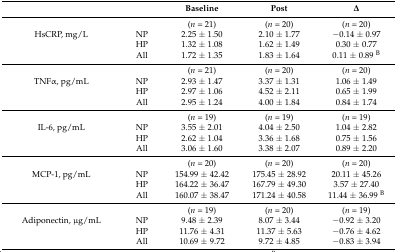
<table><thead><tr><td></td><td></td><td><b>Baseline</b></td><td><b>Post</b></td><td><b>∆</b></td></tr></thead><tbody><tr><td></td><td></td><td>(<i>n</i> = 21)</td><td>(<i>n</i> = 20)</td><td>(<i>n</i> = 20)</td></tr><tr><td>HsCRP, mg/L</td><td>NP</td><td>2.25 ± 1.50</td><td>2.10 ± 1.77</td><td>−0.14 ± 0.97</td></tr><tr><td></td><td>HP</td><td>1.32 ± 1.08</td><td>1.62 ± 1.49</td><td>0.30 ± 0.77</td></tr><tr><td></td><td>All</td><td>1.72 ± 1.35</td><td>1.83 ± 1.64</td><td>0.11 ± 0.89 <sup>B</sup></td></tr><tr><td></td><td></td><td>(<i>n</i> = 21)</td><td>(<i>n</i> = 20)</td><td>(<i>n</i> = 20)</td></tr><tr><td>TNFα, pg/mL</td><td>NP</td><td>2.93 ± 1.47</td><td>3.37 ± 1.31</td><td>1.06 ± 1.49</td></tr><tr><td></td><td>HP</td><td>2.97 ± 1.06</td><td>4.52 ± 2.11</td><td>0.65 ± 1.99</td></tr><tr><td></td><td>All</td><td>2.95 ± 1.24</td><td>4.00 ± 1.84</td><td>0.84 ± 1.74</td></tr><tr><td></td><td></td><td>(<i>n</i> = 19)</td><td>(<i>n</i> = 19)</td><td>(<i>n</i> = 19)</td></tr><tr><td>IL-6, pg/mL</td><td>NP</td><td>3.55 ± 2.01</td><td>4.04 ± 2.50</td><td>1.04 ± 2.82</td></tr><tr><td></td><td>HP</td><td>2.62 ± 1.04</td><td>3.36 ± 1.68</td><td>0.75 ± 1.56</td></tr><tr><td></td><td>All</td><td>3.06 ± 1.60</td><td>3.38 ± 2.07</td><td>0.89 ± 2.20</td></tr><tr><td></td><td></td><td>(<i>n</i> = 20)</td><td>(<i>n</i> = 20)</td><td>(<i>n</i> = 20)</td></tr><tr><td>MCP-1, pg/mL</td><td>NP</td><td>154.99 ± 42.42</td><td>175.45 ± 28.92</td><td>20.11 ± 45.26</td></tr><tr><td></td><td>HP</td><td>164.22 ± 36.47</td><td>167.79 ± 49.30</td><td>3.57 ± 27.40</td></tr><tr><td></td><td>All</td><td>160.07 ± 38.47</td><td>171.24 ± 40.58</td><td>11.44 ± 36.99 <sup>B</sup></td></tr><tr><td></td><td></td><td>(<i>n</i> = 19)</td><td>(<i>n</i> = 20)</td><td>(<i>n</i> = 19)</td></tr><tr><td>Adiponectin, μg/mL</td><td>NP</td><td>9.48 ± 2.39</td><td>8.07 ± 3.44</td><td>−0.92 ± 3.20</td></tr><tr><td></td><td>HP</td><td>11.76 ± 4.31</td><td>11.37 ± 5.63</td><td>−0.76 ± 4.62</td></tr><tr><td></td><td>All</td><td>10.69 ± 9.72</td><td>9.72 ± 4.85</td><td>−0.83 ± 3.94</td></tr></tbody></table>